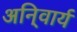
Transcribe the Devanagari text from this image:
अनि्वार्य